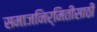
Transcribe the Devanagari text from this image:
समाजनिर्मितीसाठी